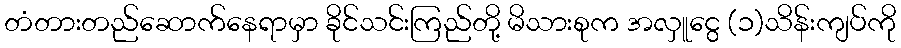
တံတားတည်ဆောက်နေရာမှာ ခိုင်သင်းကြည်တို့ မိသားစုက အလှူငွေ (၁)သိန်းကျပ်ကို